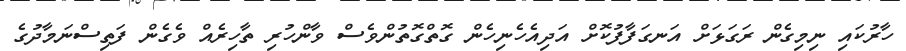
ހާރުކައި ނިމިގެން ރަގަޅަށް އަނގަފާފުކޮށް އަދިއެހެނިހެން ގޮތްގޮތުންވެސް ވާންހުރި ތާހިރެއް ވެގެން ފަތިސްނަމާދުގެ